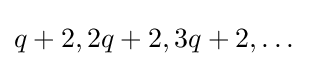
q+2,2q+2,3q+2,\dots \